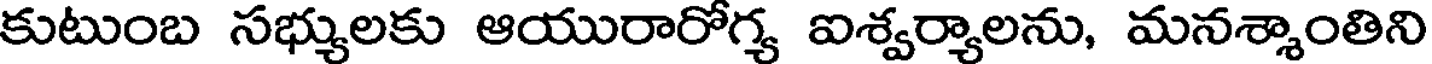
కుటుంబ సభ్యులకు ఆయురారోగ్య ఐశ్వర్యాలను, మనశ్శాంతిని